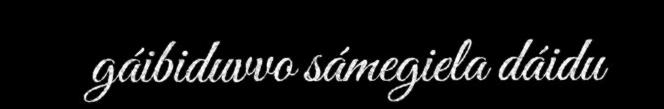
gáibiduvvo sámegiela dáidu